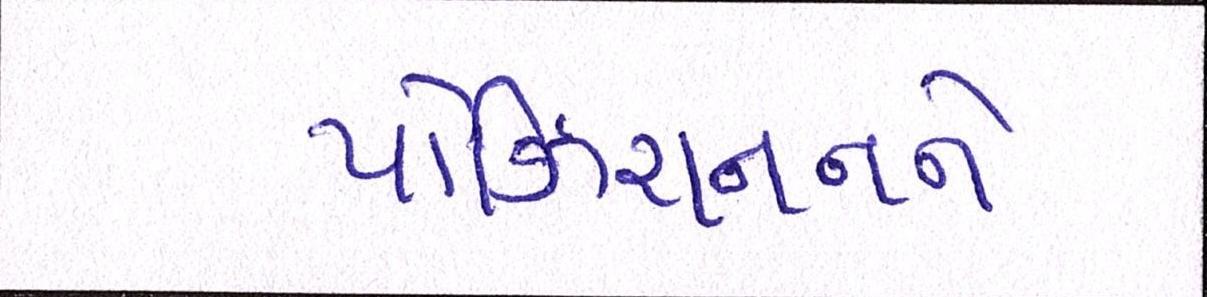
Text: પોઝિશનનને